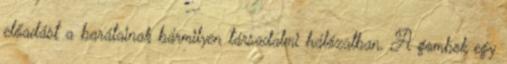
előadást a barátainak bármilyen társadalmi hálózatban. A gombok egy